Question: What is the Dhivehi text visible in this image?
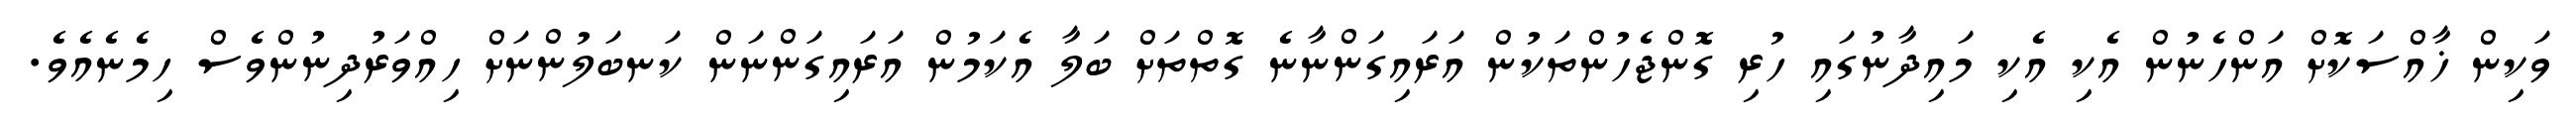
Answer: ވަކިން ޚާއްސަކޮށް އަންހެނުން އެކި އެކި މައިދާނުގައި ހުރި ގޮންޖެހުންތަކުން އަރައިގަންނާނެ ގޮތްތަށް ބަލާ އެކަމުން އަރައިގަންނަން ކަނބަލުންނަށް ހިއްވަރުދިނުންވެސް ހިމެނެއެވެ.